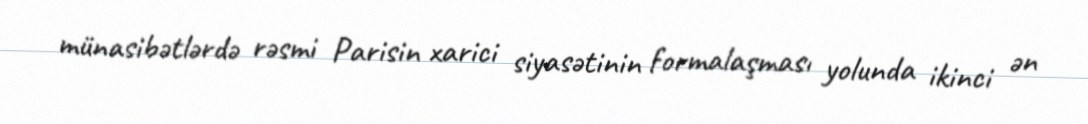
münasibətlərdə rəsmi Parisin xarici siyasətinin formalaşması yolunda ikinci ən